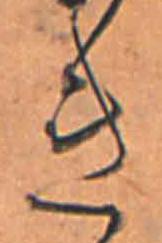
き